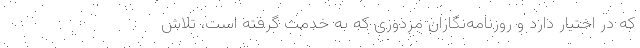
که در اختیار دارد و روزنامه‌نگاران مزدوری که به خدمت گرفته است، تلاش